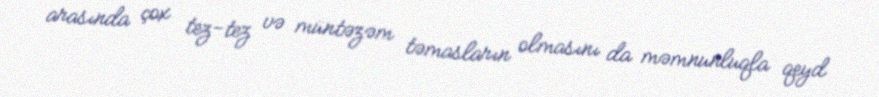
arasında çox tez-tez və müntəzəm təmasların olmasını da məmnunluqla qeyd